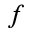
f